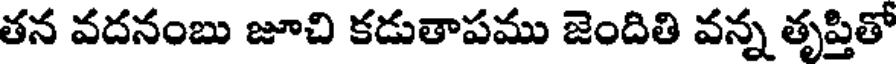
తన వదనంబు జూచి కడుతాపము జెందితి వన్న తృప్తితో